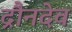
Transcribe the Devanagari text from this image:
द्रौनदेव